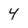
Character: 4